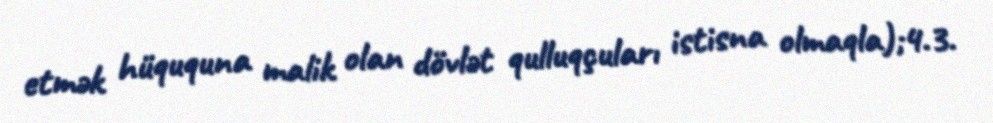
etmək hüququna malik olan dövlət qulluqçuları istisna olmaqla);4.3.